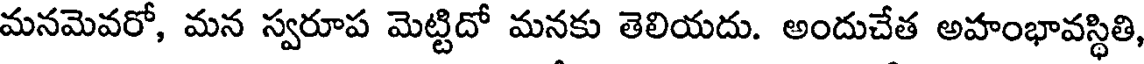
మనమెవరో, మన స్వరూప మెట్టిదో మనకు తెలియదు. అందుచేత అహంభావస్థితి,